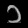
Digit: ၁